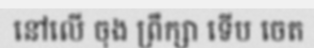
នៅលើ ចុង ព្រឹក្សា ទើប ចេត